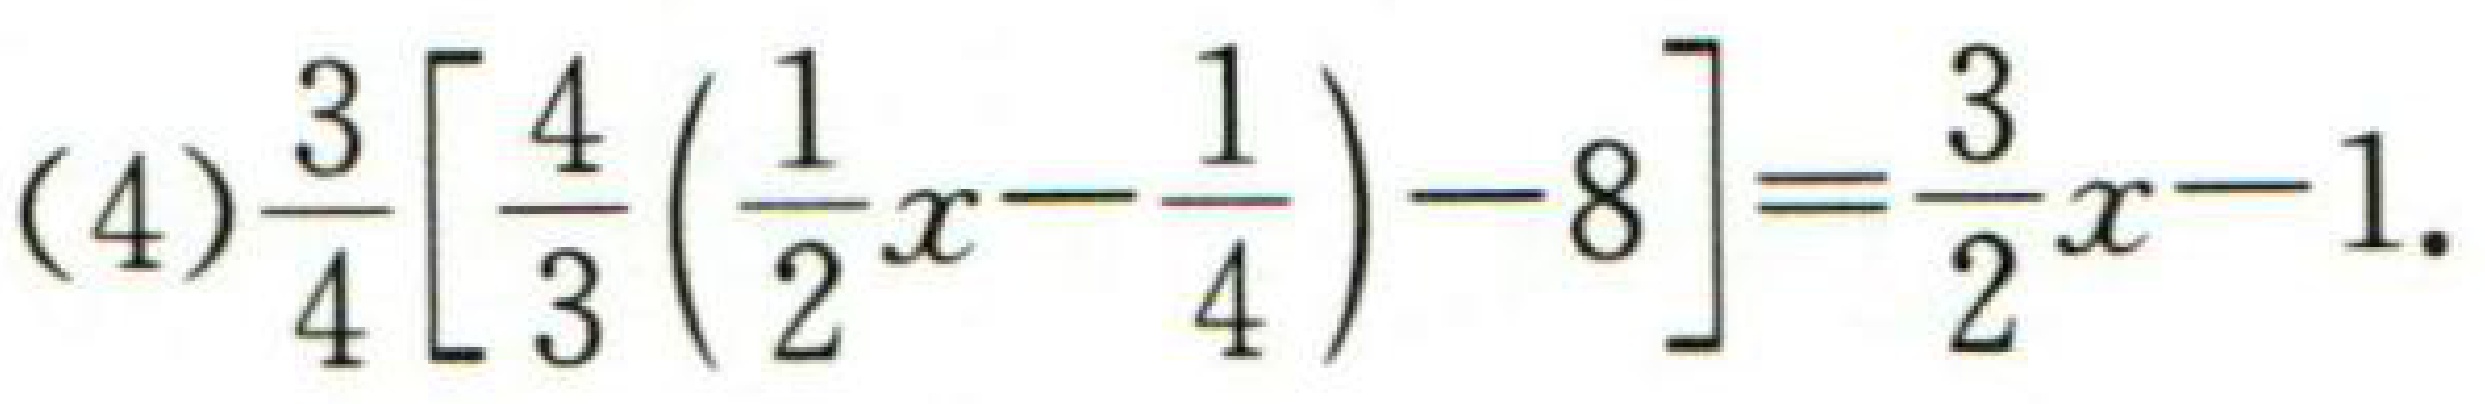
\((4)\frac{3}{4}\left[\frac{4}{3}\left(\frac{1}{2}x - \frac{1}{4}\right)-8\right]=\frac{3}{2}x - 1\)